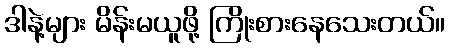
ဒါနဲ့များ မိန်းမယူဖို့ ကြိုးစားနေသေးတယ်။